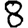
Digit: 8